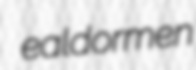
ealdormen